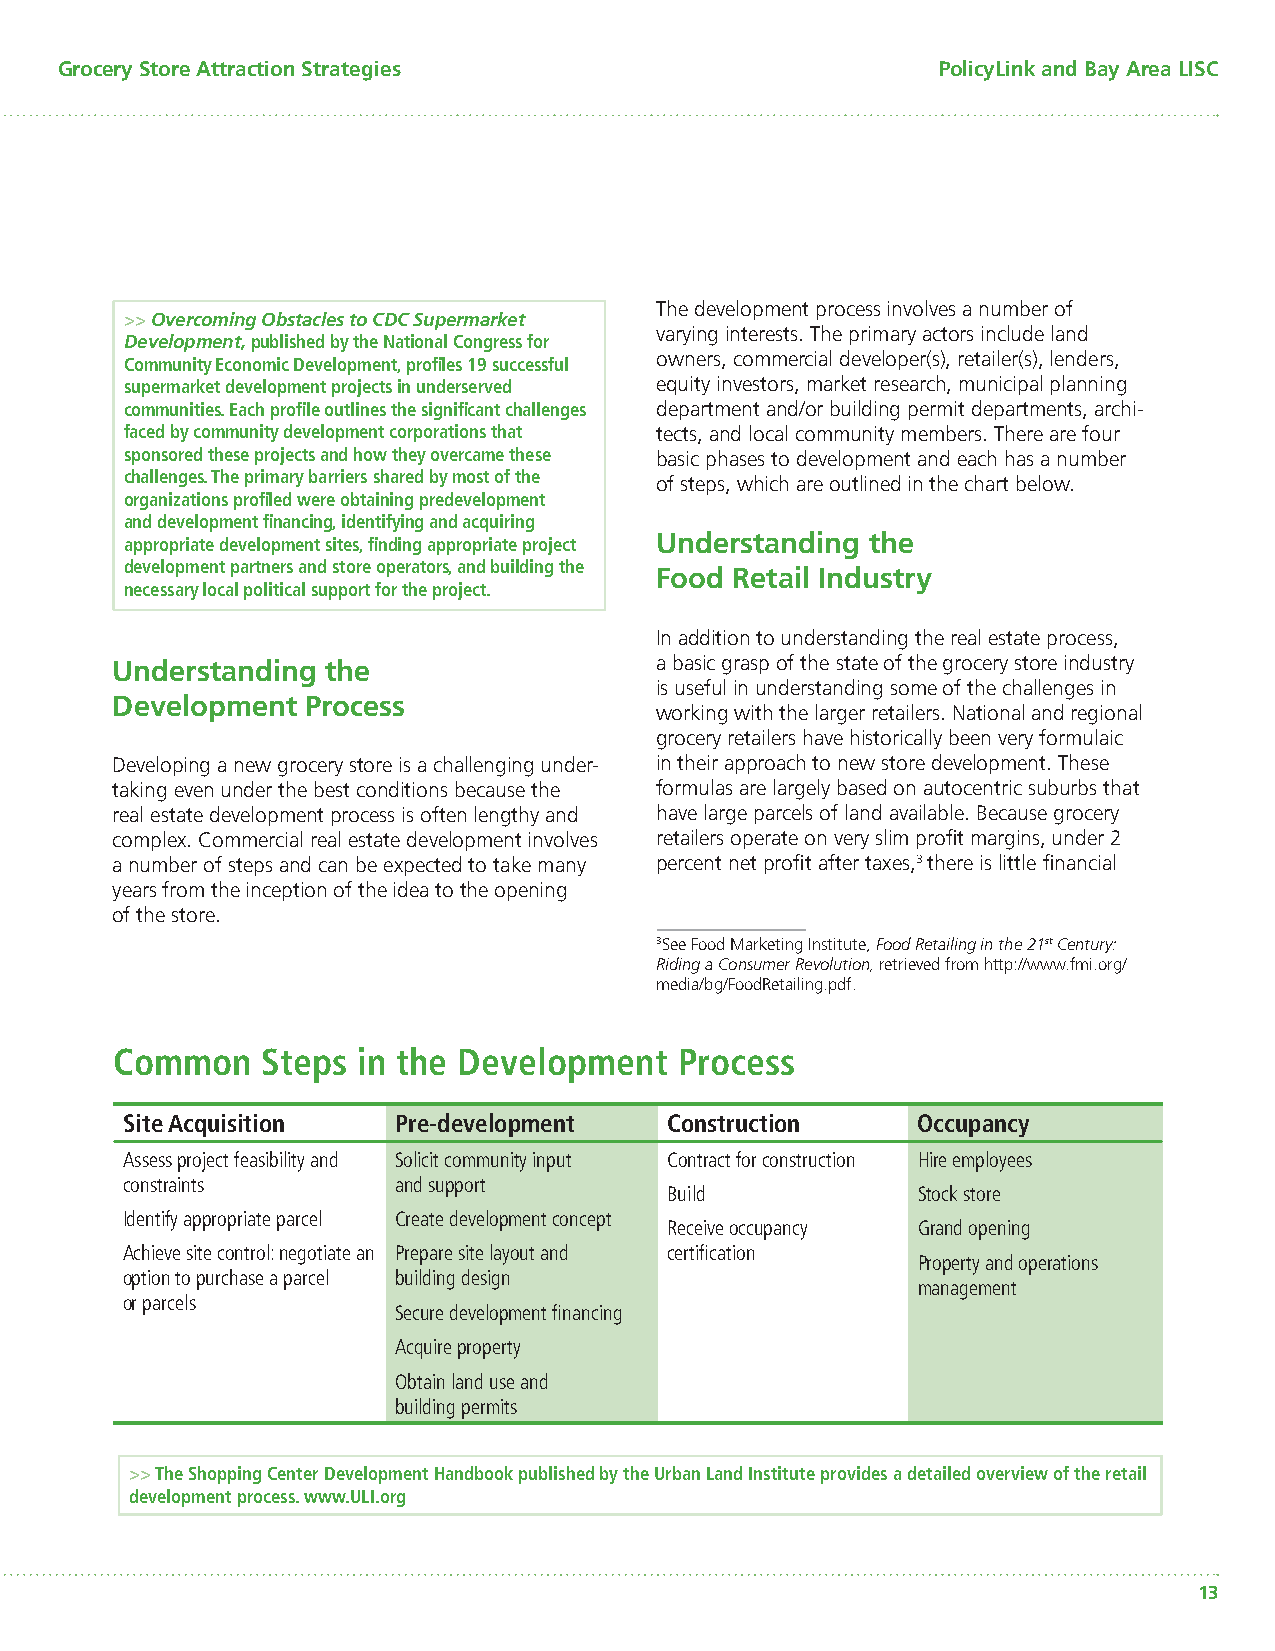
Grocery Store Attraction Strategies                       PolicyLink and Bay Area LISC
 The development process involves a number of
 >> Overcoming Obstacles to CDC Supermarket
 varying interests. The primary actors include land
 Development, published by the National Congress for
 Community Economic Development, profi les 19 successful owners, commercial developer(s), retailer(s), lenders,
 supermarket development projects in underserved equity investors, market research, municipal planning
 communities. Each profi le outlines the signifi cant challenges department and/or building permit departments, archi-
 faced by community development corporations that tects, and local community members. There are four
 sponsored these projects and how they overcame these basic phases to development and each has a number
 challenges. The primary barriers shared by most of the
 of steps, which are outlined in the chart below.
 organizations profi led were obtaining predevelopment
 and development fi nancing, identifying and acquiring
 appropriate development sites, fi nding appropriate project Understanding the
 development partners and store operators, and building the
 Food Retail Industry
 necessary local political support for the project.
 In addition to understanding the real estate process,
 Understanding  the                  a basic grasp of the state of the grocery store industry
 is useful in understanding some of the challenges in
 Development  Process
 working with the larger retailers. National and regional
 grocery retailers have historically been very formulaic
 Developing a new grocery store is a challenging under- in their approach to new store development. These
 taking even under the best conditions because the formulas are largely based on autocentric suburbs that
 real estate development process is often lengthy and have large parcels of land available. Because grocery
 complex. Commercial real estate development involves retailers operate on very slim profi t margins, under 2
 a number of steps and can be expected to take many percent net profi t after taxes,3 there is little fi nancial
 years from the inception of the idea to the opening
 of the store.
 3See Food Marketing Institute, Food Retailing in the 21st Century:
 Riding a Consumer Revolution, retrieved from http://www.fmi.org/
 media/bg/FoodRetailing.pdf.
 Common   Steps  in the Development   Process
 Site Acquisition  Pre-development   Construction     Occupancy
 Assess project feasibility and Solicit community input Contract for construction Hire employees
 constraints       and support
 Build            Stock store
 Identify appropriate parcel Create development concept
 Receive occupancy Grand opening
 Achieve site control: negotiate an Prepare site layout and certifi cation
 Property and operations
 option to purchase a parcel building design
 management
 or parcels
 Secure development fi nancing
 Acquire property
 Obtain land use and
 building permits
 >> The Shopping Center Development Handbook published by the Urban Land Institute provides a detailed overview of the retail
 development process. www.ULI.org
 13